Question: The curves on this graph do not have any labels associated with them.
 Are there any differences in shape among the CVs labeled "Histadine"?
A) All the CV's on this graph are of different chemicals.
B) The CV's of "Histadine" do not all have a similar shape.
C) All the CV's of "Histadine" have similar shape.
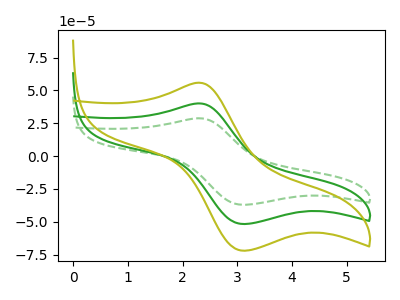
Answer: <think>The green dashed curve "green dashed" has an anodic peak at (2.30V, 28.80uA) and a cathodic peak at (3.15V, -37.20uA). The green curve "green" has an anodic peak at (2.30V, 40.10uA) and a cathodic peak at (3.15V, -51.80uA). The olive curve "olive" has an anodic peak at (2.30V, 80.20uA) and a cathodic peak at (3.15V, -103.60uA).
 All the peaks in "green dashed" have a peak in "green" at the same potential. Every peak in "green dashed" is lower than every peak in "green". All the peaks in "green dashed" have a peak in "olive" at the same potential. Every peak in "green dashed" is lower than every peak in "olive". All the peaks in "green" have a peak in "olive" at the same potential. Every peak in "green" is lower than every peak in "olive".</think>
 <answer>C) All the CV's of "Histadine" have similar shape.</answer>
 <eval>C</eval>